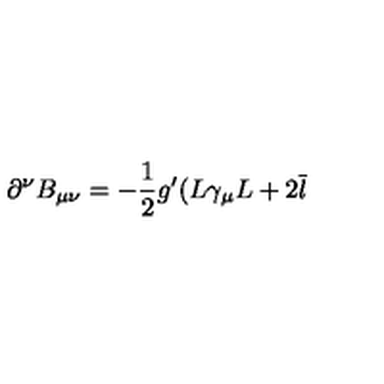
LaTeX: \partial ^ { \nu } B _ { \mu \nu } = - \frac 1 2 g ^ { \prime } ( L \gamma _ { \mu } L + 2 \overline { { l } }